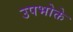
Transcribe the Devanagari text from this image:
उपभोक्ते